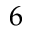
6